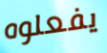
يفعلوه